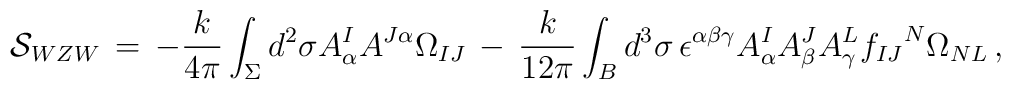
{\cal S}_{WZW} \,=\, -\frac{k}{4\pi} \int_{\Sigma} d^{2} \sigma A^{I}_{\alpha}A^{J\alpha} \Omega_{IJ}\,-\, \frac{k}{12 \pi} \int_{B} d^{3}\sigma \, \epsilon^{\alpha \beta\gamma} A^{I}_{\alpha} A^{J}_{\beta} A^{L}_{\gamma} {f_{IJ}}^{N}\Omega_{NL}\, ,